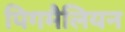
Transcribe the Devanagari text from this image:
पिगमैलियन